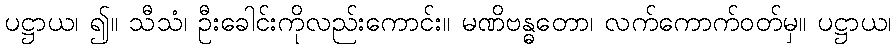
ပဋ္ဌာယ၊ ၍။ သီသံ၊ ဦးခေါင်းကိုလည်းကောင်း။ မဏိဗန္ဓတော၊ လက်ကောက်ဝတ်မှ။ ပဋ္ဌာယ၊